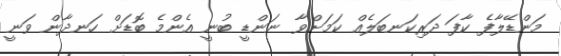
މަންޑޭލާފެ ކާފަ ދަރިކަނބަލެއް ކަމަށްވާ ނަންޑީ ބުނީ އެންމެ ބޮޑަށް ހަނދާން ވަނީ